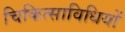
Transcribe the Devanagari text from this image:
चिकित्साविधियों